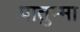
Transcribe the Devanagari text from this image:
पातुम्मा